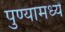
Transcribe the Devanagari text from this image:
पुण्यामध्यें